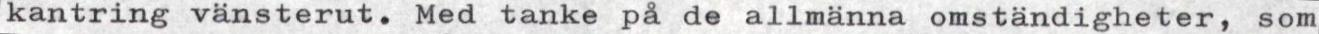
kantring vänsterut. Med tanke på de allmänna omständigheter, som